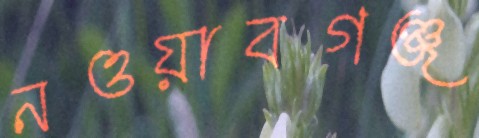
নওয়াবগঞ্জ